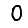
Digit: 0